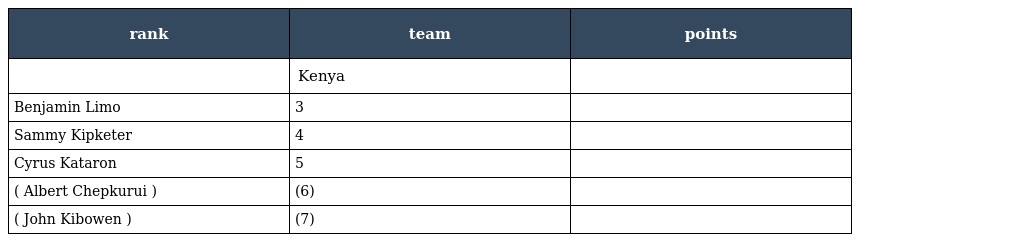
| rank | team | points |
 | --- | --- | --- |
 |  | Kenya |  |
 | Benjamin Limo | 3 |  |
 | Sammy Kipketer | 4 |  |
 | Cyrus Kataron | 5 |  |
 | ( Albert Chepkurui ) | (6) |  |
 | ( John Kibowen ) | (7) |  |